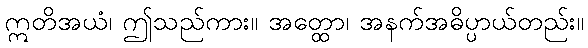
ဣတိအယံ၊ ဤသည်ကား။ အတ္ထော၊ အနက်အဓိပ္ပာယ်တည်း။